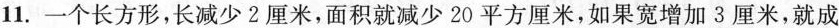
11.一个长方形，长减少2厘米，面积就减少20平方厘米，如果宽增加3厘米，就成